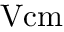
\mathrm { V c m }